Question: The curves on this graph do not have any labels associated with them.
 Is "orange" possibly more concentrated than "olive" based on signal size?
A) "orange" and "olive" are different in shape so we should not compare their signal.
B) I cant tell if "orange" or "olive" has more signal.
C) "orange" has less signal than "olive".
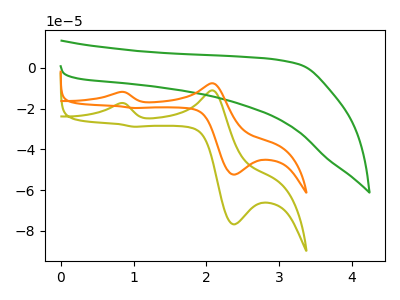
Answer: <think>The olive curve "olive" has anodic peaks at (0.80V, -17.35uA) (2.05V, -11.05uA) and cathodic peaks at (2.40V, -76.85uA) (1.00V, -28.90uA). The green curve "green" has no peaks. The orange curve "orange" has anodic peaks at (0.80V, -11.80uA) (2.05V, -7.55uA) and cathodic peaks at (2.40V, -52.40uA) (1.00V, -19.70uA).
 All the peaks in "orange" have a peak in "olive" at the same potential.</think>
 <answer>B) I cant tell if "orange" or "olive" has more signal.</answer>
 <eval>B</eval>